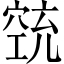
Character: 𱷋